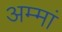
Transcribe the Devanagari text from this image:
अम्‍मां